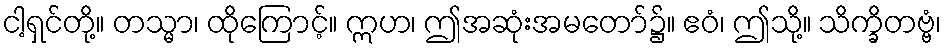
ငါ့ရှင်တို့။ တသ္မာ၊ ထိုကြောင့်။ ဣဟ၊ ဤအဆုံးအမတော်၌။ ဧဝံ၊ ဤသို့။ သိက္ခိတဗ္ဗံ၊